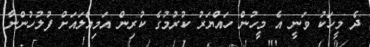
ދެ މީހަކު ވަނީ އެ މީހުން ހައްޔަރު ކުރުމުގެ ކުރިން އަމިއްލައަށް ފުލުހުންނާ